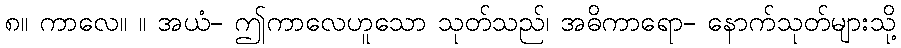
၈။ ကာလေ။ ။ အယံ- ဤကာလေဟူသော သုတ်သည်၊ အဓိကာရော- နောက်သုတ်များသို့